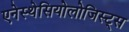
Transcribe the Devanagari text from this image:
एनेस्थेसियोलोजिस्ट्स